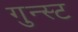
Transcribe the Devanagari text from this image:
गुन्स्ट